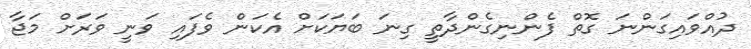
ދުއްވައިގަންނަ ގޮތް ފެންނިގެންދާތީ ގިނަ ބަޔަކަށް އެކަން ވެފައި ވަނީ ވަރަށް މަޖާ